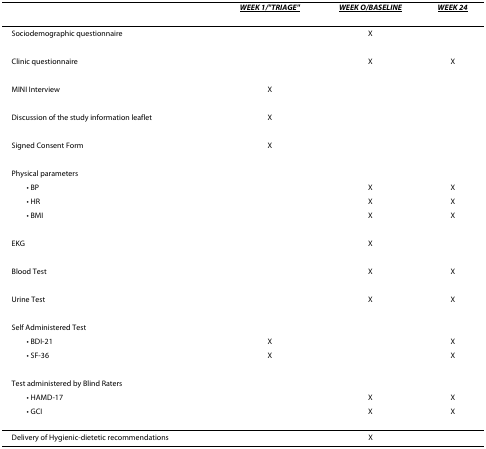
<table><thead><tr><td></td><td><b><i><underline>WEEK 1/&quot;TRIAGE&quot;</underline></i></b></td><td><b><i><underline>WEEK O/BASELINE</underline></i></b></td><td><b><i><underline>WEEK 24</underline></i></b></td></tr></thead><tbody><tr><td>Sociodemographic questionnaire</td><td></td><td>X</td><td></td></tr><tr><td>Clinic questionnaire</td><td></td><td>X</td><td>X</td></tr><tr><td>MINI Interview</td><td>X</td><td></td><td></td></tr><tr><td>Discussion of the study information leaflet</td><td>X</td><td></td><td></td></tr><tr><td>Signed Consent Form</td><td>X</td><td></td><td></td></tr><tr><td>Physical parameters</td><td></td><td></td><td></td></tr><tr><td> • BP</td><td></td><td>X</td><td>X</td></tr><tr><td> • HR</td><td></td><td>X</td><td>X</td></tr><tr><td> • BMI</td><td></td><td>X</td><td>X</td></tr><tr><td>EKG</td><td></td><td>X</td><td></td></tr><tr><td>Blood Test</td><td></td><td>X</td><td>X</td></tr><tr><td>Urine Test</td><td></td><td>X</td><td>X</td></tr><tr><td>Self Administered Test</td><td></td><td></td><td></td></tr><tr><td> • BDI-21</td><td>X</td><td></td><td>X</td></tr><tr><td> • SF-36</td><td>X</td><td></td><td>X</td></tr><tr><td>Test administered by Blind Raters</td><td></td><td></td><td></td></tr><tr><td> • HAMD-17</td><td></td><td>X</td><td>X</td></tr><tr><td> • GCI</td><td></td><td>X</td><td>X</td></tr><tr><td>Delivery of Hygienic-dietetic recommendations</td><td></td><td>X</td><td></td></tr></tbody></table>